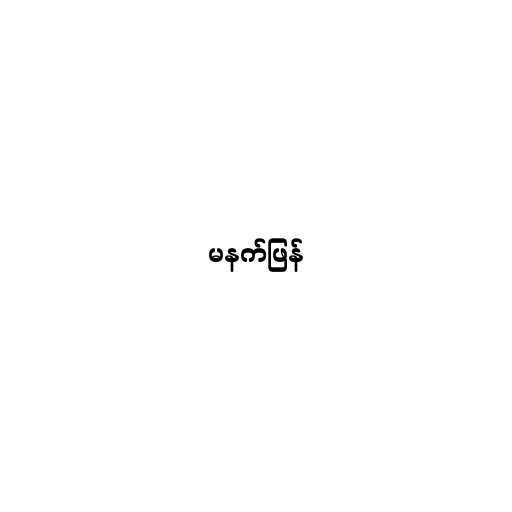
မနက်ဖြန်